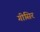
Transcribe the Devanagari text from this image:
गीसिर